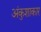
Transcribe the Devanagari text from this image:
अंकुशाकार